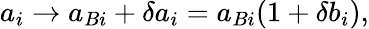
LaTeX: a_{i}\to a_{Bi}+\delta a_{i}=a_{Bi}(1+\delta b_{i}),